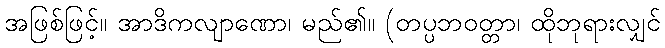
အဖြစ်ဖြင့်။ အာဒိကလျာဏော၊ မည်၏။ (တပ္ပဘဝတ္တာ၊ ထိုဘုရားလျှင်